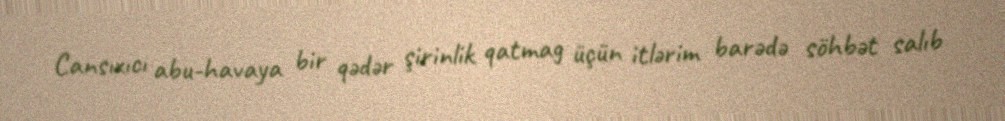
Cansıxıcı abu-havaya bir qədər şirinlik qatmag üçün itlərim barədə söhbət salıb